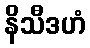
နိသီဒဟံ